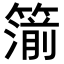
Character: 𥳷